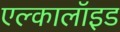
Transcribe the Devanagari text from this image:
एल्कालॉइड